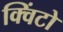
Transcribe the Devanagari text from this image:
क्विंटो